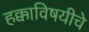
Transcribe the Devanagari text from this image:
हक्काविषयीचे